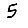
Digit: 5